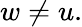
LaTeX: w\ne u.